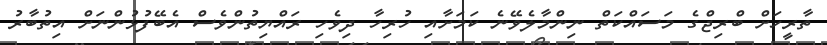
ތާރީހަށް ބްރިޖްގެ މަސައްކަތް ނިންމާލެވޭނެ ކަމަށާއި ހުރިހާ ދިވެހި ރައްޔިތުންވެސް އެބޭފުޅުންނަށް އިތުބާރު